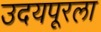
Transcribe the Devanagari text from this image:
उदयपूरला